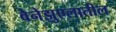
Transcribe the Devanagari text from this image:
वेनेझुएलातील